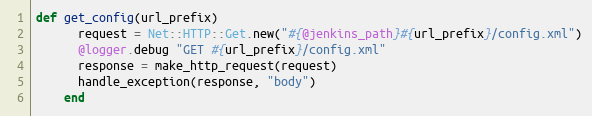
Language: Ruby
def get_config(url_prefix)
      request = Net::HTTP::Get.new("#{@jenkins_path}#{url_prefix}/config.xml")
      @logger.debug "GET #{url_prefix}/config.xml"
      response = make_http_request(request)
      handle_exception(response, "body")
    end